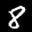
Label: 8